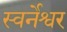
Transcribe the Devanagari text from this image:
स्वर्नेश्वर